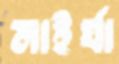
মাইর্যা